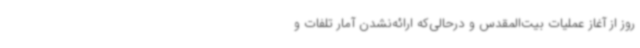
روز از آغاز عملیات بیت‌المقدس و درحالی‌که ارائه‌نشدن آمار تلفات و